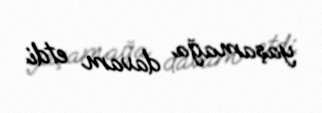
yaşamağa davam etdi.